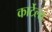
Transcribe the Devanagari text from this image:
कार्टेल्स